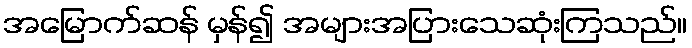
အမြောက်ဆန် မှန်၍ အများအပြားသေဆုံးကြသည်။